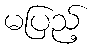
မပြည့်